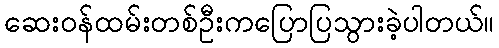
ဆေးဝန်ထမ်းတစ်ဦးကပြောပြသွားခဲ့ပါတယ်။